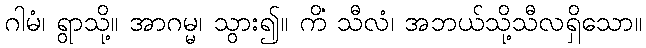
ဂါမံ၊ ရွာသို့။ အာဂမ္မ၊ သွား၍။ ကိံ သီလံ၊ အဘယ်သို့သီလရှိသော။